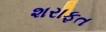
શરાફત